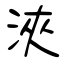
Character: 浹